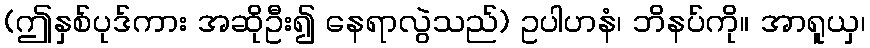
(ဤနှစ်ပုဒ်ကား အဆိုဦး၍ နေရာလွဲသည်) ဥပါဟနံ၊ ဘိနပ်ကို။ အာရူယှ၊